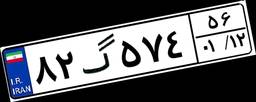
۸۲گ۵۷۴۵۶